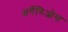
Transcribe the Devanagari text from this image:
अर्पेगिओस